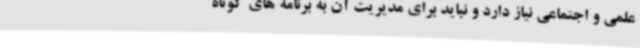
علمی و اجتماعی نیاز دارد و نباید برای مدیریت آن به برنامه های کوتاه